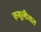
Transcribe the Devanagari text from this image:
क़बूलीयत